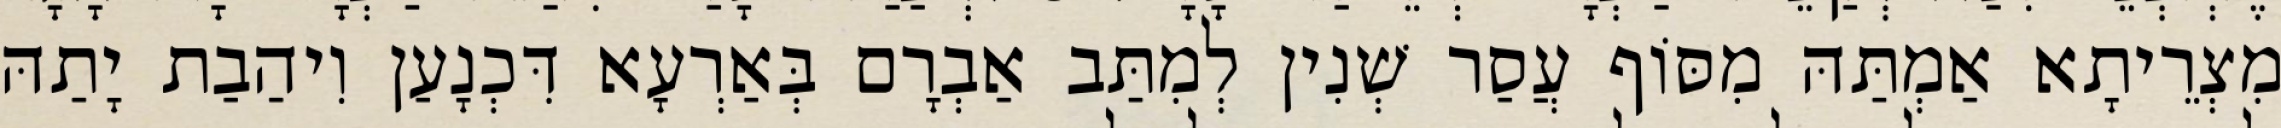
מִצְרֵיתָא אַמְתַּהּ מִסּוֹף עֲסַר שְׁנִין לְמִתַּב אַבְרָם בְּאַרְעָא דִּכְנָעַן וִיהַבַת יָתַהּ